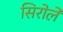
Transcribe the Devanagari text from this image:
सिरोले